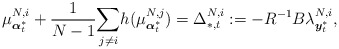
\begin{align*}\mu^{N,i}_{\boldsymbol{\alpha}^*_t}+\frac{1}{N-1}\underset{j\neq i}{\sum}h(\mu^{N,j}_{\boldsymbol{\alpha}^*_t})=\Delta_{*,t}^{N,i}:=-R^{-1}B\lambda^{N,i}_{\boldsymbol{y}_t^{*}},\end{align*}